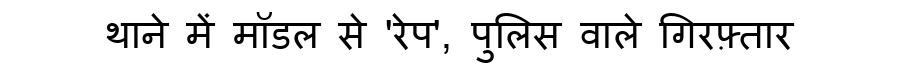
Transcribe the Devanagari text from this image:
थाने में मॉडल से 'रेप', पुलिस वाले गिरफ़्तार